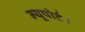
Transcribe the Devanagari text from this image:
न्यूपोर्ट।